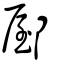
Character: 𨜘